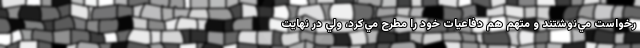
رخواست مي‌نوشتند و متهم هم دفاعيات خود را مطرح مي‌كرد، ولي در نهايت